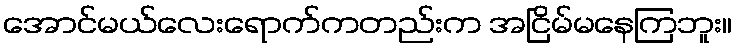
အောင်မယ်လေးရောက်ကတည်းက အငြိမ်မနေကြဘူး။